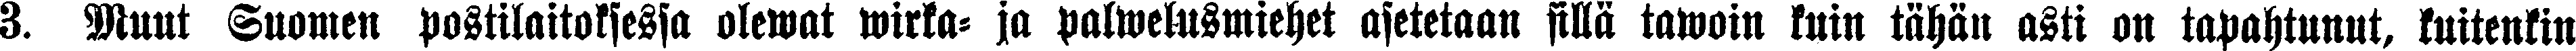
3. Muut Suomen postilaitoksessa olewat wirka- ja palwelusmiehet asetetaan sillä tawoin kuin tähän asti on tapahtunut, kuitenkin